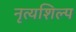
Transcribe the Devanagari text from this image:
नृत्यशिल्प